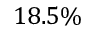
1 8 . 5 \%